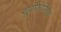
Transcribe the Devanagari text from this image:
यूरोसेप्सिस